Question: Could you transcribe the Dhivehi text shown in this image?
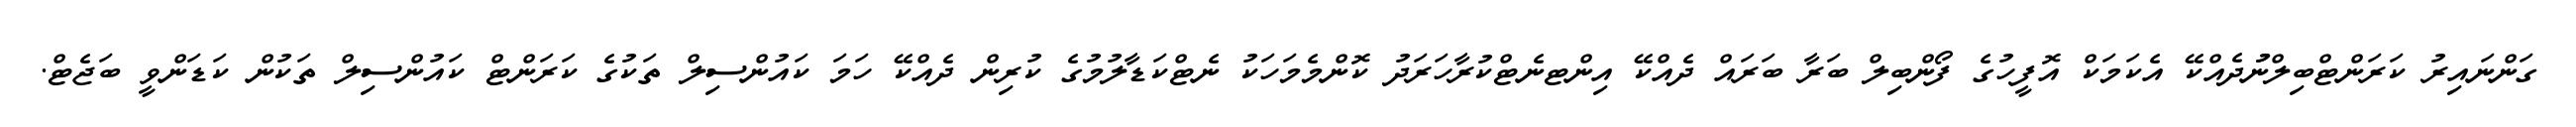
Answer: ގަންނައިރު ކަރަންޓްބިލްނުުދެއްކޭ އެކަމަކް އޮފީހުގެ ފޯންބިލް ބަރާ ބަރައް ދެއްކޭ އިންޓނެޓްކުރާހަރަދު ކޮންމެމަހަކު ނެޓްކަޑާލުމުގެ ކުރިން ދެއްކޭ ހަމަ ކައުންސިލް ތަކުގެ ކަރަންޓް ކައުންސިލް ތަކުން ކަޑަންވީ ބަޖެޓް.